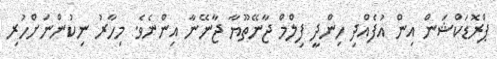
ޕްރޮޑަކްޝަން އިން އުފެއްދި ހިންދީ ފިލްމް ޖާނޭތޫޔާ ޖާނޭނާ އިންނެވެ. މިހާރު ނިކުންނަށްހުރި